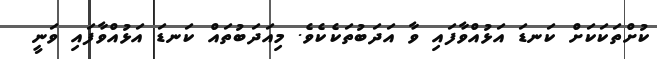
ކުށްތަކަކަށް ކަނޑަ އަޅުއްވާފައި ވާ އަދަބުތަކެކެވެ. މިއަދަބުތައް ކަނޑަ އަޅުއްވާފައި ވަނީ